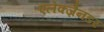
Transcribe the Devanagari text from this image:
एलेक्ज़ैनडर